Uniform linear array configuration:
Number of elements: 4
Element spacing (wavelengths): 0.5
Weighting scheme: blackman
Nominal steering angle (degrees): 0
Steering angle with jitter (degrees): -0.5386
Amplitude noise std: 0.05
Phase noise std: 0.05

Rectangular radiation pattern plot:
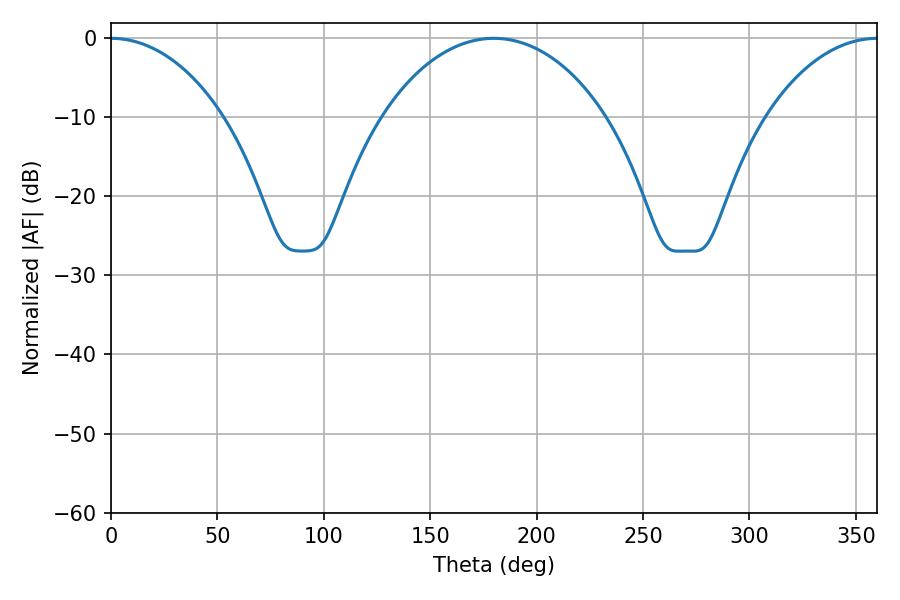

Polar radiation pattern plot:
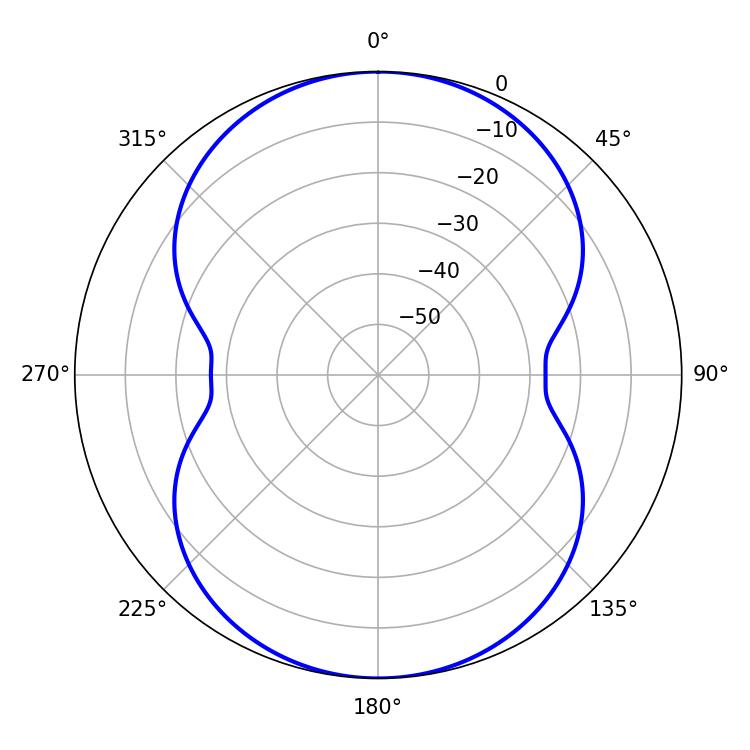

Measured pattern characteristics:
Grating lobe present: FALSE
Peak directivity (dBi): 26.397
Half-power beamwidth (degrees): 30.06
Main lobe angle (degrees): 0.18